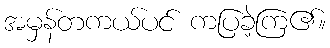
အမှန်တကယ်ပင် ကပြခဲ့ကြ၏။